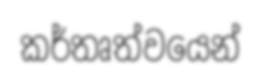
කර්තෘත්වයෙන්